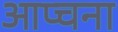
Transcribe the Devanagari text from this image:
आप्चना